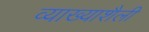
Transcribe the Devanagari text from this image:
व्याख्याशैली